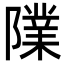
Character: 䧨